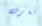
تعرف